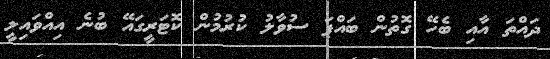
ދައްތަ އާއި ބެހޭ ގޮތުން ބައްޕަ ސުވާލު ކުރުމުން ކޮޓަރީގައޭ ބުނެ އިއްވައިލީ